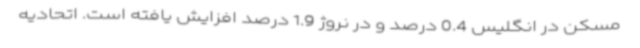
مسکن در انگلیس 0.4 درصد و در نروژ 1.9 درصد افزایش یافته است. اتحادیه